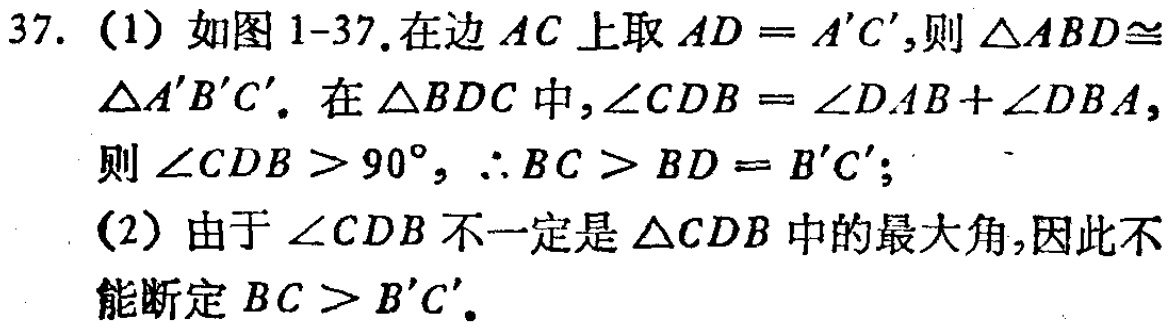
37. (1) 如图 1-37. 在边 \(AC\) 上取 \(AD = A'C'\)，则 \(\triangle ABD\cong\triangle A'B'C'\)。在 \(\triangle BDC\) 中，\(\angle CDB=\angle DAB + \angle DBA\)，则 \(\angle CDB>90^{\circ}\)，\(\therefore BC > BD = B'C'\)；

(2) 由于 \(\angle CDB\) 不一定是 \(\triangle CDB\) 中的最大角，因此不能断定 \(BC > B'C'\)。